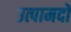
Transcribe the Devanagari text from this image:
उत्पामदों